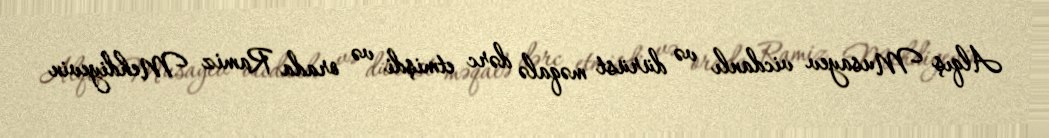
Alqış Musayev vicdanlı və dürüst məqalə dərc etmişdi və orada Ramiz Mehdiyevin